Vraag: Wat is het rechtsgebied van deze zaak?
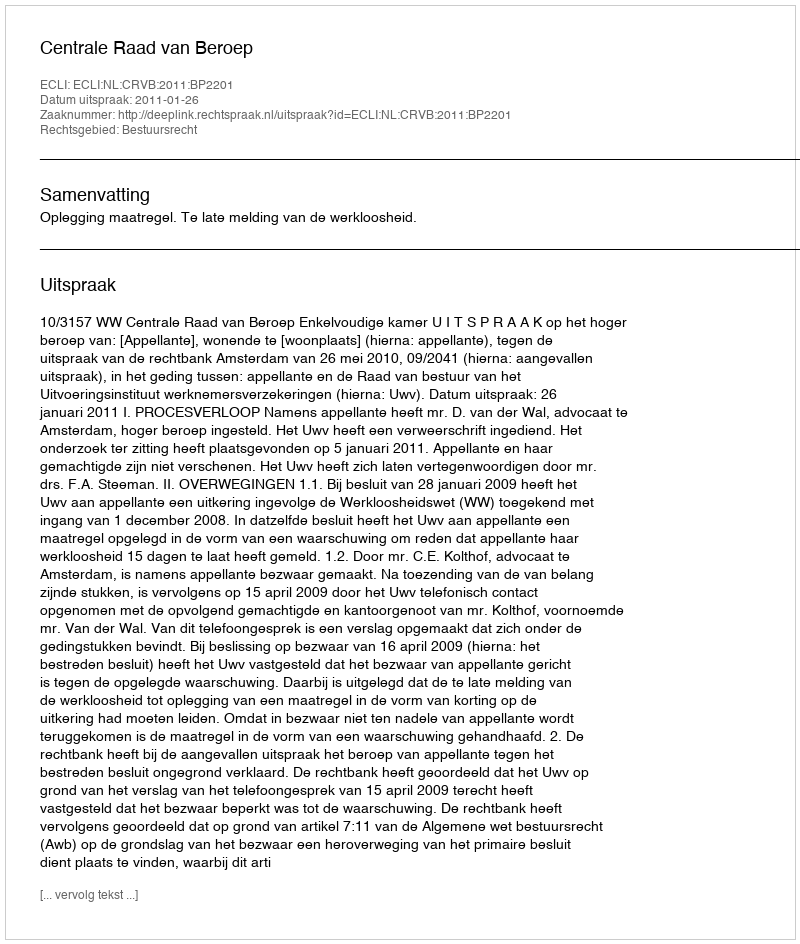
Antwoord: Bestuursrecht